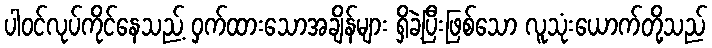
ပါဝင်လုပ်ကိုင်နေသည့် ဝှက်ထားသောအချိန်များ ရှိခဲ့ပြီးဖြစ်သော လူသုံးယောက်တို့သည်